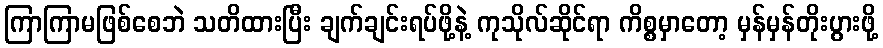
ကြာကြာမဖြစ်စေဘဲ သတိထားပြီး ချက်ချင်းရပ်ဖို့နဲ့ ကုသိုလ်ဆိုင်ရာ ကိစ္စမှာတော့ မှန်မှန်တိုးပွားဖို့